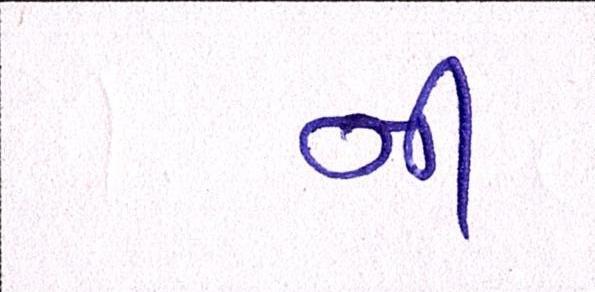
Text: નીં